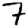
Digit: 7